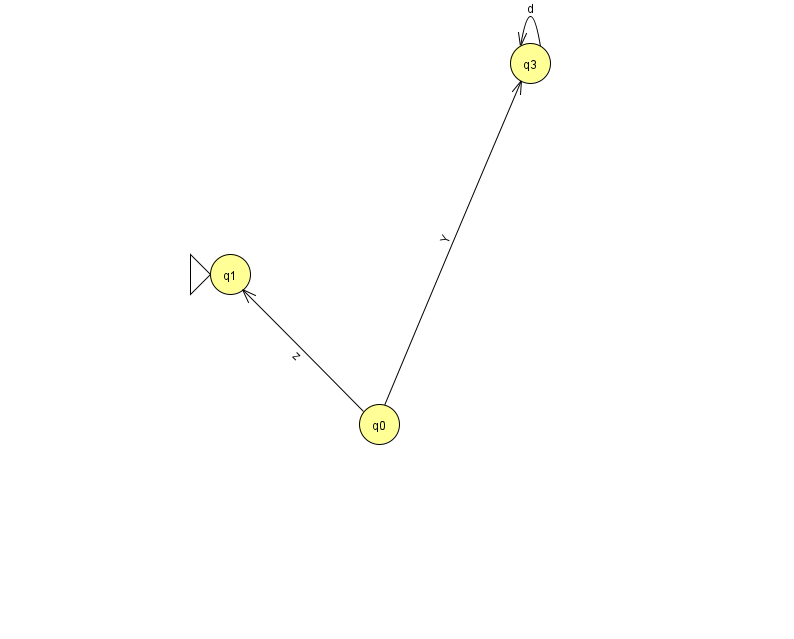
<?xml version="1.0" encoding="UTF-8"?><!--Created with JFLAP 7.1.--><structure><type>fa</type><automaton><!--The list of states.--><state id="0" name="q0"><x>379.0</x><y>411.0</y></state><state id="1" name="q1"><x>230.0</x><y>261.0</y><initial/></state><state id="3" name="q3"><x>530.0</x><y>50.0</y></state><!--The list of transitions.--><transition><from>3</from><to>3</to><read>d</read></transition><transition><from>0</from><to>1</to><read>z</read></transition><transition><from>0</from><to>3</to><read>Y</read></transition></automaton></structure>